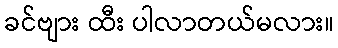
ခင်ဗျား ထီး ပါလာတယ်မလား။